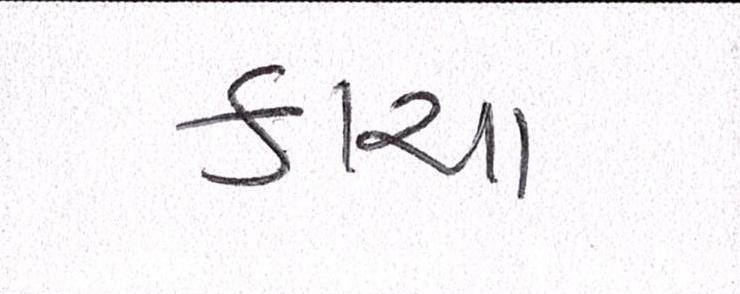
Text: કાચા